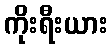
ကိုးရီးယား